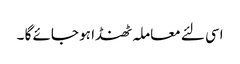
اسی لئے معاملہ ٹھنڈا ہو جائے گا ۔